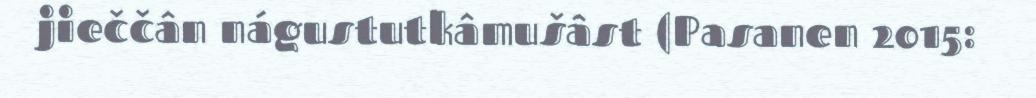
jieččân nágustutkâmušâst (Pasanen 2015: